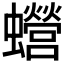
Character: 𧕍